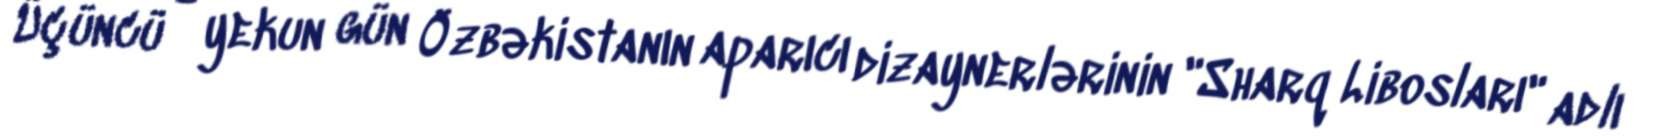
Üçüncü - yekun gün Özbəkistanın aparıcı dizaynerlərinin "Sharq Libosları" adlı